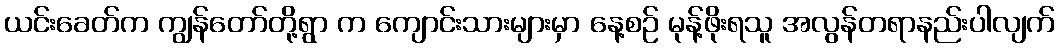
ယင်းခေတ်က ကျွန်တော်တို့ရွာ က ကျောင်းသားများမှာ နေ့စဉ် မုန့်ဖိုးရသူ အလွန်တရာနည်းပါလျက်